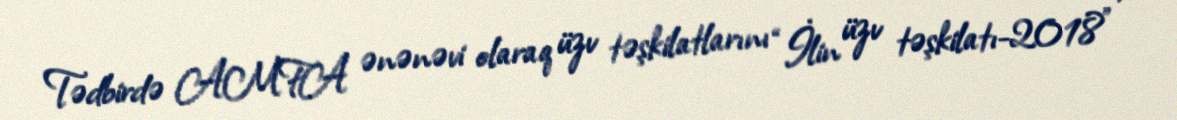
Tədbirdə AMFA ənənəvi olaraq üzv təşkilatlarını “İlin üzv təşkilatı-2018” ,